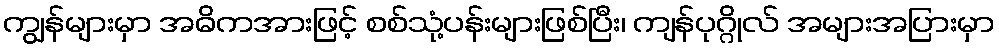
ကျွန်များမှာ အဓိကအားဖြင့် စစ်သုံ့ပန်းများဖြစ်ပြီး၊ ကျန်ပုဂ္ဂိုလ် အများအပြားမှာ